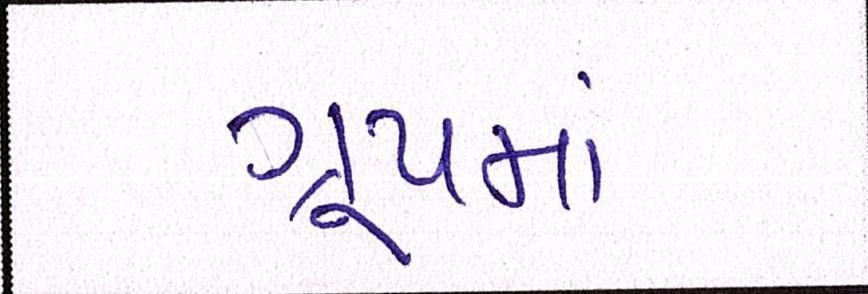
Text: ગુ્રપમાં